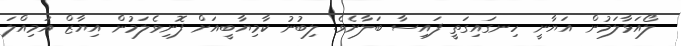
ލޯއަޅާލަމުން އަޔާނީ ހިނގައިގަތީ ފައިސާ ބަލާށެވެ. ލިބުނު ކާމިޔާބީއަށް ފޮނިވެލަމުން އިޔާޒް އަމިއްލަ